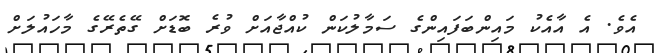
އެވެ. އެ އާއެކު މައިންބަފައިންގެ ސަމާލުކަން ކުއްޖާއަށް ވުރެ ބޮޑަށް ގޭތެރޭގެ މާހައުލަށް